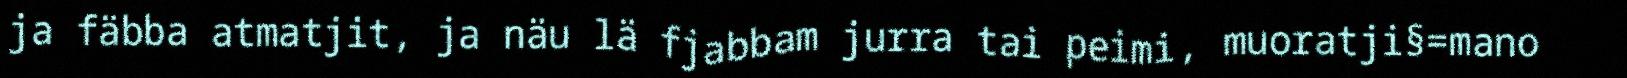
ja fäbba atmatjit, ja näu lä fjabbam jurra tai peimi, muoratji§=mano